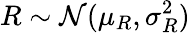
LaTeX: R\sim\mathcal N(\mu_{R},\sigma_{R}^{2})